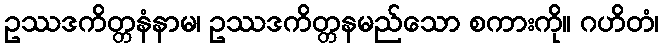
ဥဿဒကိတ္တနံနာမ၊ ဥဿဒကိတ္တနမည်သော စကားကို။ ဂဟိတံ၊